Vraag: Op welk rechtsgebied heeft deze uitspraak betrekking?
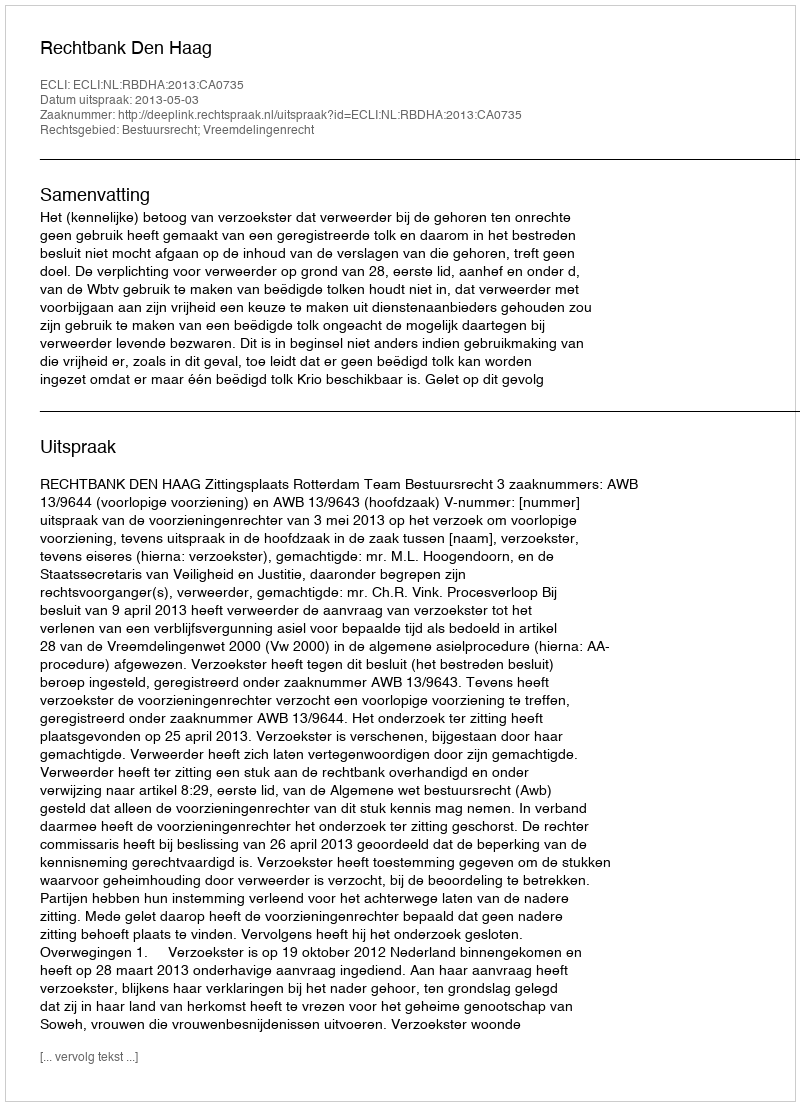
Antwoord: Bestuursrecht; Vreemdelingenrecht